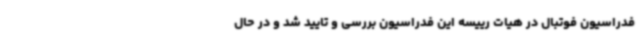
فدراسیون فوتبال در هیات رییسه این فدراسیون بررسی و تایید شد و در حال